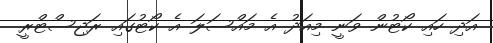
އަދި ހައި ކޯޓުން ވަނީ މިއަދު އެ މައްސަލަ އެ ކޯޓުގައި ރަޖިސްޓްރީ